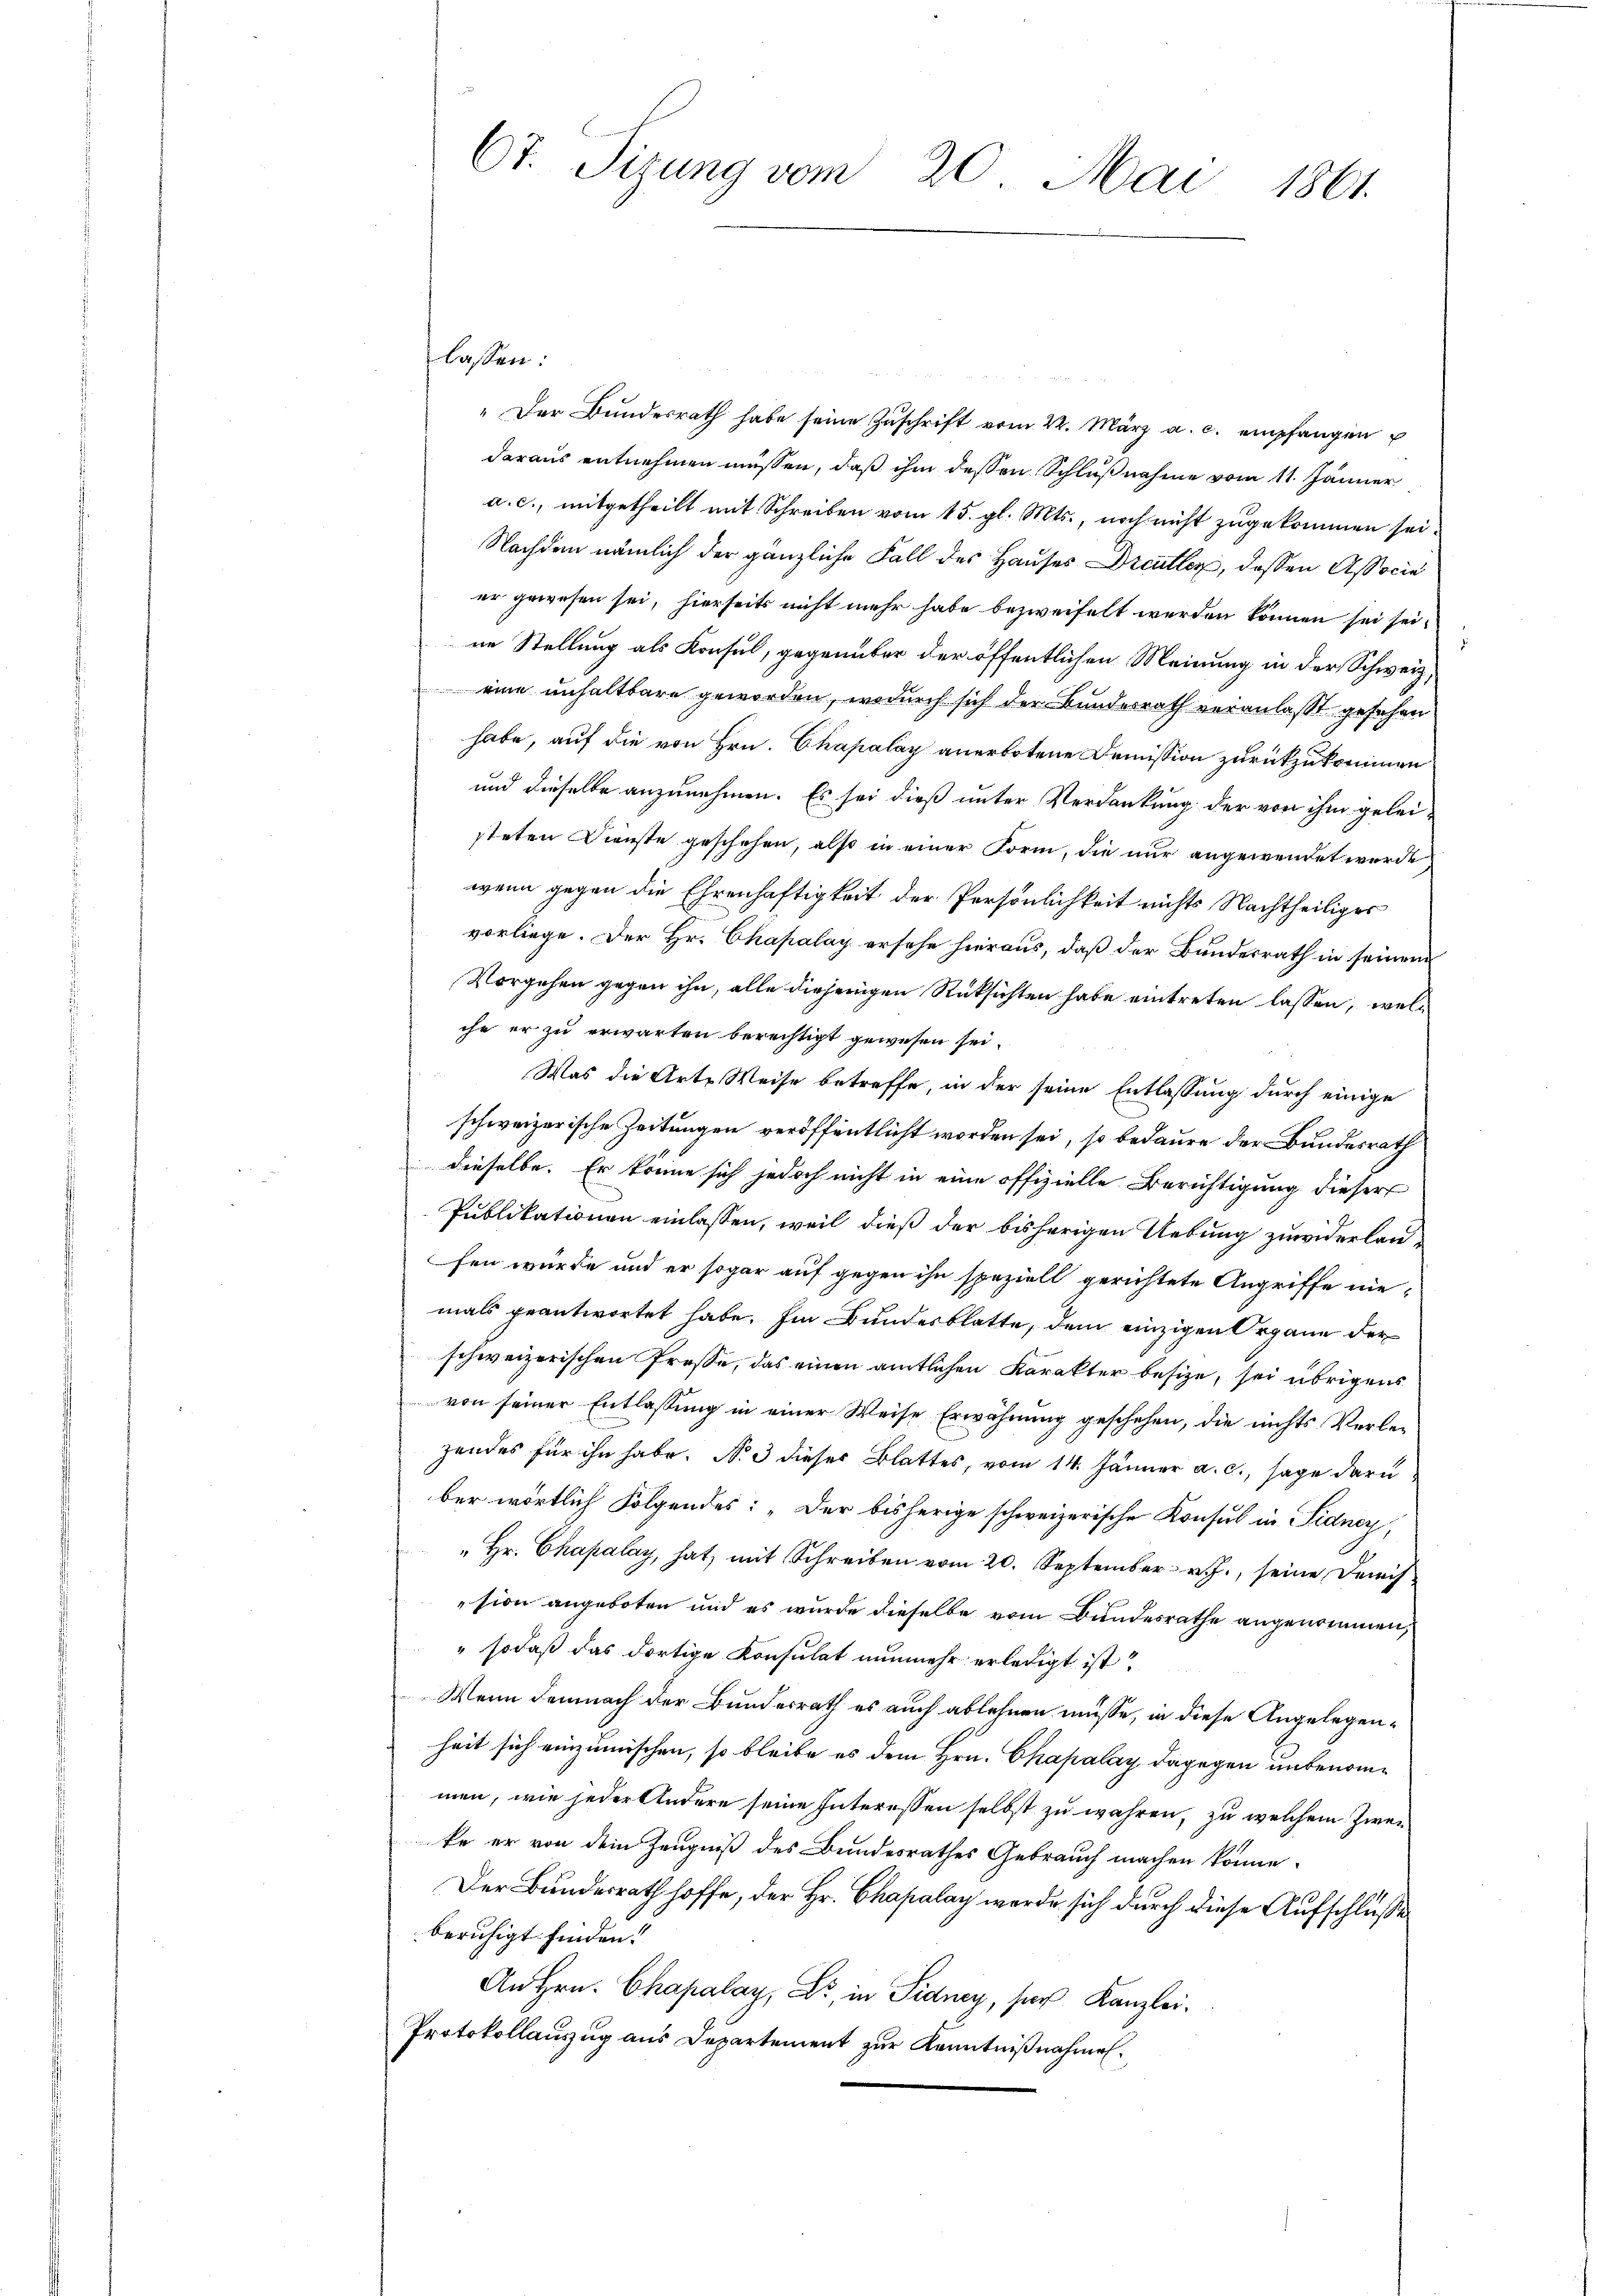
" Der Bŭndesrath habe seine Zŭschrift vom 22. März a. c. empfangen
daraus entnehmen müssen, daß ihm dessen Schlußnahme vom 11. Jänner
a. c., mitgetheilt mit Schreiben vom 15. gl. Mts., noch nicht zugekommen sei.
Nachdem nämlich der gänzliche Fall des Hauses Dreutter, dessen Associe
er gewesen sei, hierseits nicht mehr habe bezweifelt werden können sei seine Stellung als Konsul, gegenüber der öffentlichen Meinung in der Schweiz,
eine unhaltbare geworden, wodurch sich der Bundesrath veranlaßt gesehen
habe, auf die von Hrn. Chapalay anerbotene Demission zurückzukommen
und dieselbe anzunehmen. Es sei dieß unter Verdankung der von ihm geleisteten Dienste geschehen, also in einer Form, die nur angewendet werde
wenn gegen die Ehrenhaftigkeit der Persönlichkeit nichts Nachtheiliger
vorliege. Der Hr. Chapalay ersehe hieraus, daß der Bundesrath in seinem
Vorgehen gegen ihn, alle diejenigen Rüksichten habe eintreten lassen, welche er zu erwarten berechtigt gewesen sei.
Was die Arte Weise betreffe, in der seine Entlassung durch einige
schweizerische Zeitungen veröffentlicht worden sei, so bedaure der Bundesrath
dieselbe. Er könne sich jedoch nicht in eine offizielle Berichtigung dieser
Publikationen einlassen, weil dieß der bisherigen Uebung zuwiderlanfen würde und er sogar auf gegen ihn speziell gerichtete Angriffe niemals geantwortet habe. Im Bundesblatte, dem einzigen Organe der
schweizerischen Prose, das einen amtlichen Karakter besize, sei übrigens
von seiner Entlassung in einer Weise Erwähnung geschehen, die nichts Verlezendes für ihn habe. No 3 dieses Blattes, vom 14. Jänner a. c., sage daru
ber wörtlich Folgendes: „Der bisherige schweizerische Konsul in Fidney,
" Hr. Chapalay, hat, mit Schreiben vom 20. September v. J., seine Demis
sion angeboten und es wurde dieselbe vom Bundesrathe angenommen,
" so daß das dortige Konsulat nunmehr erledigt ist.
Wenn demnach der Bundesrath es auch ablehnen müsse, in diese Angelegenheit sich einzumischen, so bleibe es dem Hrn. Chapalay dagegen unbenommen, wie jeder Andere seine Interessen selbst zu wahren, zu welchem Zwei
ke er von dem Zeugniß des Bundesrathes Gebrauch machen könne.
Der Bundesrath hoffe, der Hr. Chapalay werde sich durch diese Aufschlüsse
beruhigt finden.
An Hrn. Chapalay, Dr. in Sidney, sich Kanzlei¬
Protokollauszug aus Departement zur Kenntnißnahmen.

Ct. Sizung vom 20. Mai 1861.

lassen: